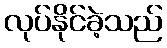
လုပ်နိုင်ခဲ့သည်